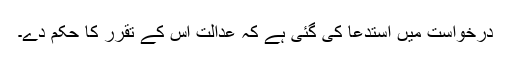
درخواست میں استدعا کی گئی ہے کہ عدالت اس کے تقرر کا حکم دے۔